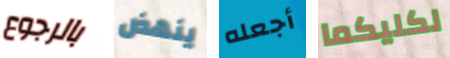
بالرجوع ينهض أجعله لكليكما